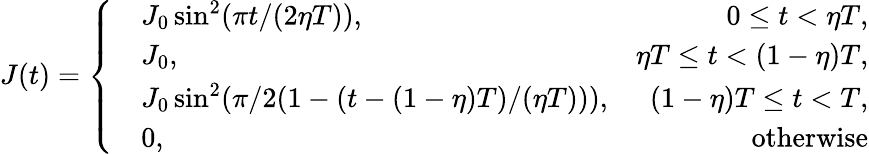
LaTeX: J(t)=\left\{ \begin{array}{rlr}&{J_{0}\sin^{2}(\pi t/(2\eta T)),}&{0\le t<\eta T,}\\ &{J_{0},}&{\eta T\le t<(1-\eta)T,}\\ &{J_{0}\sin^{2}(\pi/2(1-(t-(1-\eta)T)/(\eta T))),}&{(1-\eta)T\le t<T,}\\ &{0,}&{\mathrm{otherwise}}\end{array}\right.